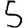
Digit: 5